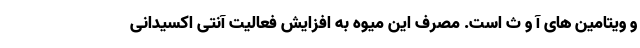
و ویتامین های آ و ث است. مصرف این میوه به افزایش فعالیت آنتی اکسیدانی